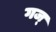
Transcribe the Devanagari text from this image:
गज्